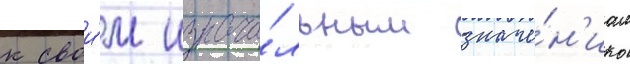
к свои́м изнача́льным значе́н'иам